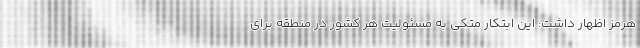
هرمز اظهار داشت: این ابتکار متکی به مسئولیت هر کشور در منطقه برای